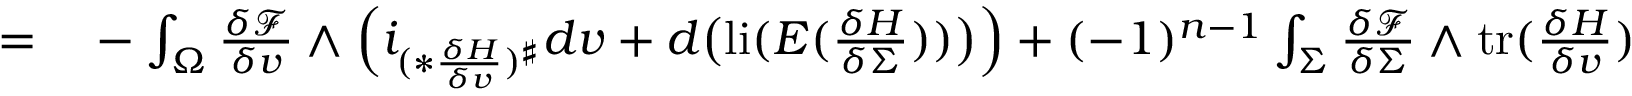
\begin{array} { r l } { = } & { { } - \int _ { \Omega } \frac { \delta \mathcal { F } } { \delta v } \wedge \Big ( i _ { ( \ast \frac { \delta H } { \delta v } ) ^ { \sharp } } d v + d \big ( \mathrm { l i } ( E ( \frac { \delta H } { \delta \Sigma } ) ) \big ) \Big ) + ( - 1 ) ^ { n - 1 } \int _ { \Sigma } \frac { \delta \mathcal { F } } { \delta \Sigma } \wedge \mathrm { t r } ( \frac { \delta H } { \delta v } ) . } \end{array}